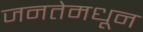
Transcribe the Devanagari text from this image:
जनतेमधून